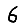
Digit: 6